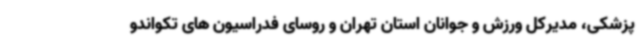
پزشکی، مدیرکل ورزش و جوانان استان تهران و روسای فدراسیون های تکواندو